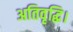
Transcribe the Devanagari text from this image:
अतिवृद्धि।